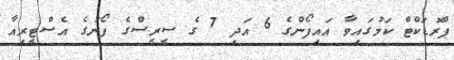
ޕްރޮޑަކްޓް ކަމުގައިވާ އައިފޯންގެ 6 އަދި 7 ގެ ސީރީސްގެ ފޯނުގެ އެސްޓީރިއާ